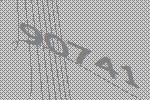
90741